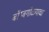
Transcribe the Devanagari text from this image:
बॉम्बगोळ्याचा